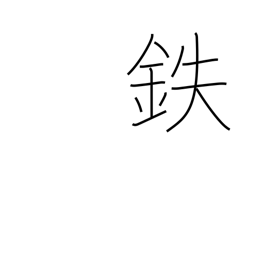
Meaning: iron